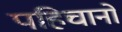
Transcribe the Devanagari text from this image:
पहिचानो